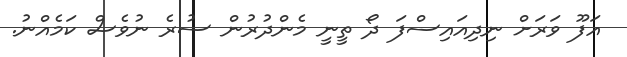
އަފޫ ވަރަށް ނިދިއައިސްފަ ދޯ ތީނީ މެންދުރުން ސުރެ ނުވެސް ކަމެއްނު.